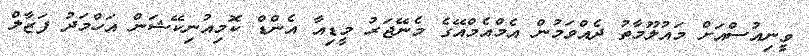
ވީނިއުސްއަށް މައުލޫމާތު ދެއްވަމުން އެމްއެމްއޭގެ މެނޭޖަރު މީޑިއާ އެންޑް ކޮމިއުނިކޭޝަން އަހްމަދު ފަޒާލް